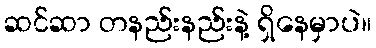
ဆင်ဆာ တနည်းနည်းနဲ့ ရှိနေမှာပဲ။